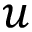
u